Vaccination in the Punjab 1883-1896 - 1883-1896
Year: 1883
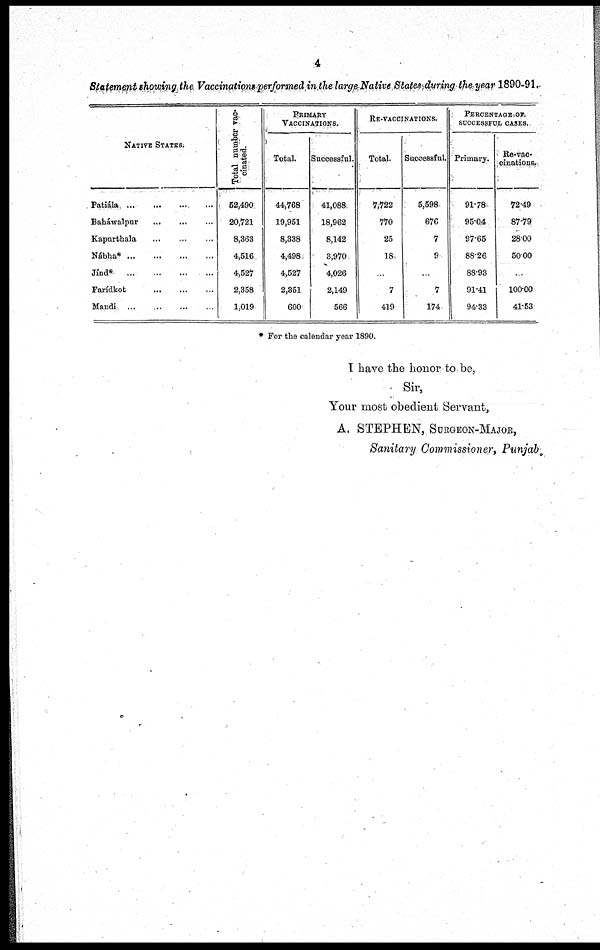
4
Statement showing the Vaccinations-performed in the large Native States during the year 1890-91.
NATIVE STATES.
Patiála ... ... ... ...
Baháwalpur
...
...
...
Kapurthala ... ... ...
Nábha*
...
...
...
...
Jínd*
...
...
...
...
Farídkot
...
...
...
Mandi ... ... ... ...
Total number vac-
cinated.
52,490
20,721
8,363
4,516
4,527
2,358
1,019
PRIMARY
VACCINATIONS.
Total.
44,768
19,951
8,338
4,498
4,527
2,351
600
Successful.
41,088
18,962
8,142
3,970
4,026
2,149
566
RE-VACCINATIONS.
Total.
7,722
770
25
18
...
7
419
Successful.
5,598
676
7
9
...
7
174
PERCENTAGE OF
SUCCESSFUL CASES.
Primary.
91.78
95.04
97.65
88.26
88.93
91.41
94.33
Re-vac-
cinations.
72.49
87.79
28.00
50.00
..
100.00
41.53
* For the calendar year 1890.
I have the honor to be,
Sir,
Your most obedient Servant,
A. STEPHEN, SURGEON-MAJOR,
Sanitary Commissioner, Punjab.